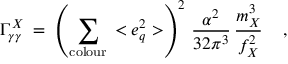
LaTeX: \Gamma _ { \gamma \gamma } ^ { X } \; = \; \left( \sum _ { \mathrm { c o l o u r } } \, < e _ { q } ^ { 2 } > \right) ^ { 2 } \, \frac { \alpha ^ { 2 } } { 3 2 \pi ^ { 3 } } \, \frac { m _ { X } ^ { 3 } } { f _ { X } ^ { 2 } } \; \; \; \ ,